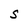
Character: S